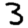
Digit: 3